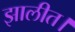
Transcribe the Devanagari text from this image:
झालीत।